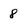
Character: 8